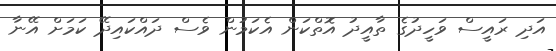
އަދި ރައީސް ވަހީދުގެ ތާއީދު އޮތްކަން އެކަމުން ވެސް ދައްކައިދޭ ކަމަށް އޭނާ